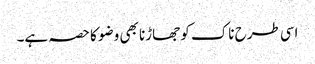
اسی طرح ناک کو جھاڑنا بھی وضو کا حصہ ہے۔